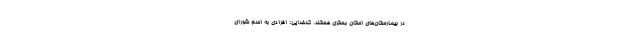
در بیمارستان‌های استان بستری هستند. کدخدایی: افرادی به اسم شورای